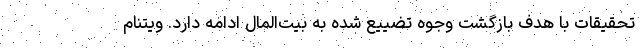
تحقیقات با هدف بازگشت وجوه تضییع شده به بیت‌المال ادامه دارد. ویتنام